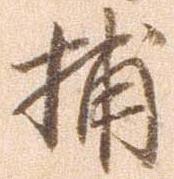
捕